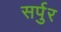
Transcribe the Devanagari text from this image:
सर्पुर